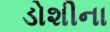
ડોશીના